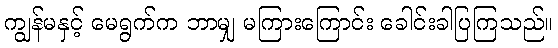
ကျွန်မနှင့် မေရွက်က ဘာမျှ မကြားကြောင်း ခေါင်းခါပြကြသည်။